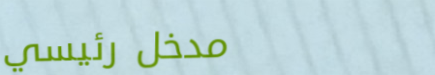
مدخل رئيسي